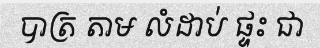
បាត្រ តាម លំដាប់ ផ្ទះ ជា